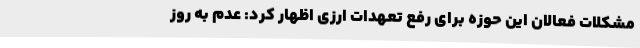
مشکلات فعالان این حوزه برای رفع تعهدات ارزی اظهار کرد: عدم به روز